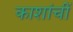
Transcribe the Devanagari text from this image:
काशांचीं